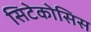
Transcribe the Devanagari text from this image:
सिटेकोसिस